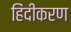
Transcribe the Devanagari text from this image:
हिंदीकरण